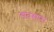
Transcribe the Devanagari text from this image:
संवसारा